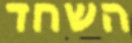
השחד